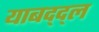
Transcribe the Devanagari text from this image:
याबद्द्ल